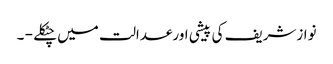
نوازشریف کی پیشی اورعدالت میں چٹکلے - ۔